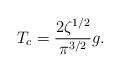
LaTeX: \begin{align*} T_{c} = \frac{2 \zeta^{1/2}}{\pi^{3/2}}g.\end{align*}